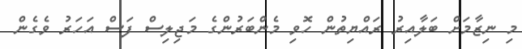
މި ނިޒާމަށް ބަލާއިރު ރައްޔިތުން ހޮވި މެންބަރުންގެ މަޖިލިސް ފަސް އަހަރު ވެގެން